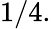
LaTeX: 1/4.